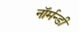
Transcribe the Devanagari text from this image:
नॉर्मन्डी